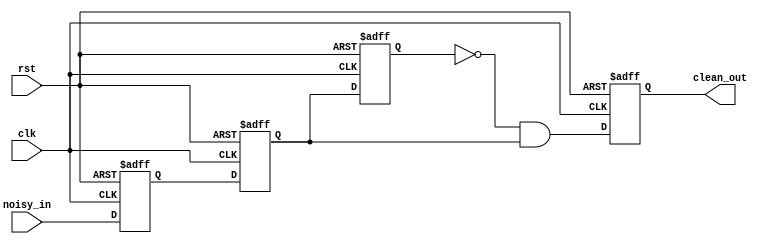
`timescale 1ns / 1ps
//////////////////////////////////////////////////////////////////////////////////
// Company: 
// Engineer: 
// 
// Create Date:   
// Design Name: 
// Module Name:    debouncer 
// Project Name: 
// Target Devices: 
// Tool versions: 
// Description: 
//
// Dependencies: 
//
// Revision: 
// Revision 0.01 - File Created
// Additional Comments: 
//
//////////////////////////////////////////////////////////////////////////////////
module debouncer(
	input 		clk,
	input 		rst,
	input 		noisy_in, // port from the push button
	output reg 	clean_out // port into the circuit
    );


reg noisy_in_reg;

reg clean_out_tmp1; // will be used to detect rising edge
reg clean_out_tmp2; // will be used to detect rising edge

always@(posedge clk or posedge rst)
begin
	if (rst==1'b1) begin
		noisy_in_reg <= 0;
		clean_out_tmp1 <= 0;
		clean_out_tmp2 <= 0;
		
		clean_out <= 0;
	end
	else begin
		noisy_in_reg <= noisy_in; // store the input
				clean_out_tmp1 <= noisy_in_reg;
				
		// rising edge detect
			clean_out_tmp2 <= clean_out_tmp1;
			clean_out <= ~clean_out_tmp2 & clean_out_tmp1; // it produce a single pulse during a risingedge
			
	end

end


endmodule